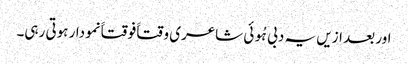
اور بعد ازیں یہ دبی ہُوئی شاعری وقتاََ فوقتاََ نمودار ہوتی رہی۔